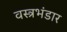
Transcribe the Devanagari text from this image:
वस्त्रभंडार